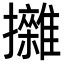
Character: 𢹼